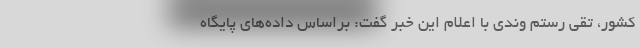
کشور، تقی رستم وندی با اعلام این خبر گفت: براساس داده‌های پایگاه